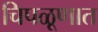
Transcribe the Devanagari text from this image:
चिपळूणात